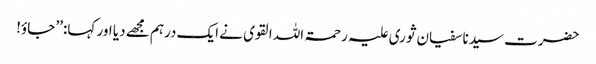
حضرت سیدنا سفیان ثوری علیہ رحمۃ اللہ القوی نے ایک درہم مجھے دیا اور کہا:’’ جاؤ!